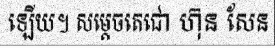
ឡើយ។ សម្តេចតេជោ ហ៊ុន សែន